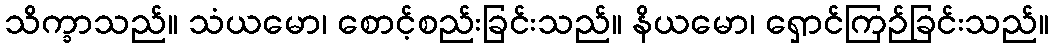
သိက္ခာသည်။ သံယမော၊ စောင့်စည်းခြင်းသည်။ နိယမော၊ ရှောင်ကြဉ်ခြင်းသည်။